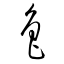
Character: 魯